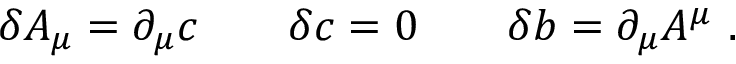
\delta A _ { \mu } = \partial _ { \mu } c \qquad \delta c = 0 \qquad \delta b = \partial _ { \mu } A ^ { \mu } \ .